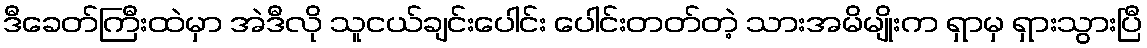
ဒီခေတ်ကြီးထဲမှာ အဲဒီလို သူငယ်ချင်းပေါင်း ပေါင်းတတ်တဲ့ သားအမိမျိုးက ရှာမှ ရှားသွားပြီ